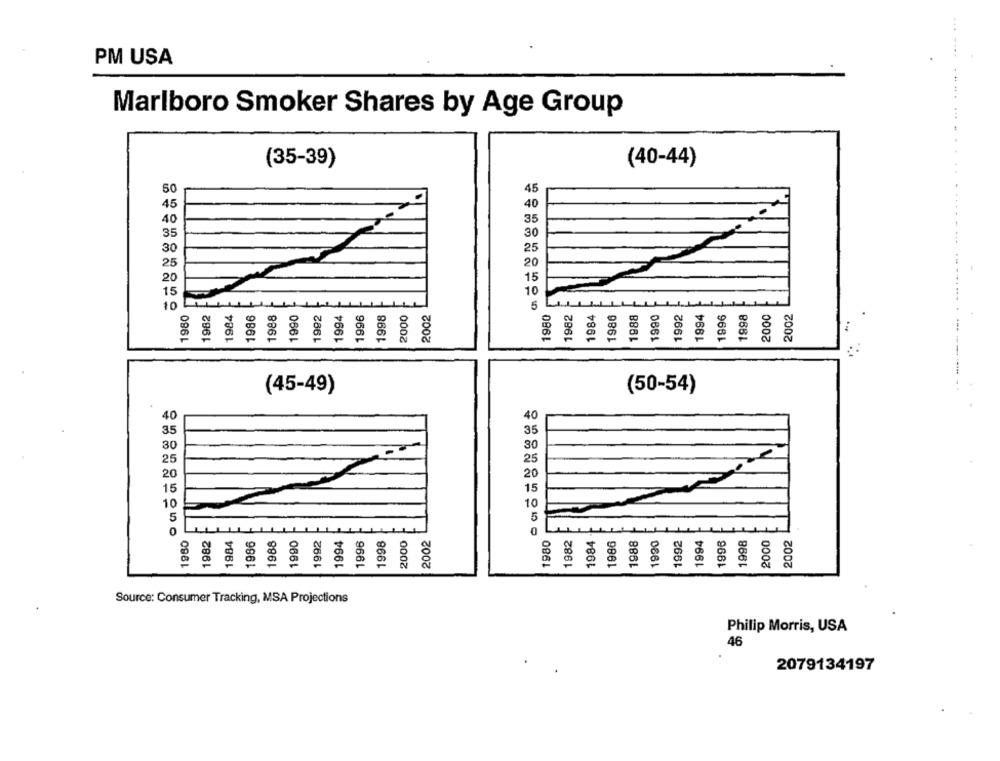
PM USA
Marlboro Smoker Shares by Age Group
(35-39)
(40-44)
50
45
45
40
40
35
35
30
30
25
25
15
20
15
10
10
5
1980
1982
1984
1986
1988
1990
1992
1994
1996
1998
2000
2002
1980
1982
1984
1986
1988
1990
1992
1994
1996
1998
2000
2002
(45-49)
(50-54)
40
40
35
35
30
30
25
25
20
20
15
15
10
10
5
5
0
1980
1990
1992
1994
1984
1990
1994
2000
1982
1984
1986
1988
1996
1998
2002
1980
1982
1986
1988
1992
1996
2002
8
g
Source: Consumer Tracking, MSA Projections
Philip Morris, USA
46
2079134197